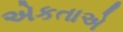
એકતાએ